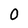
Character: O